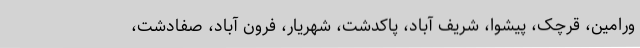
ورامین، قرچک، پیشوا، شریف آباد، پاکدشت، شهریار، فرون آباد، صفادشت،